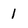
Character: 1